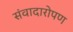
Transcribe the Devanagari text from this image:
संवादारोपण